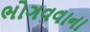
ભોગવવાના